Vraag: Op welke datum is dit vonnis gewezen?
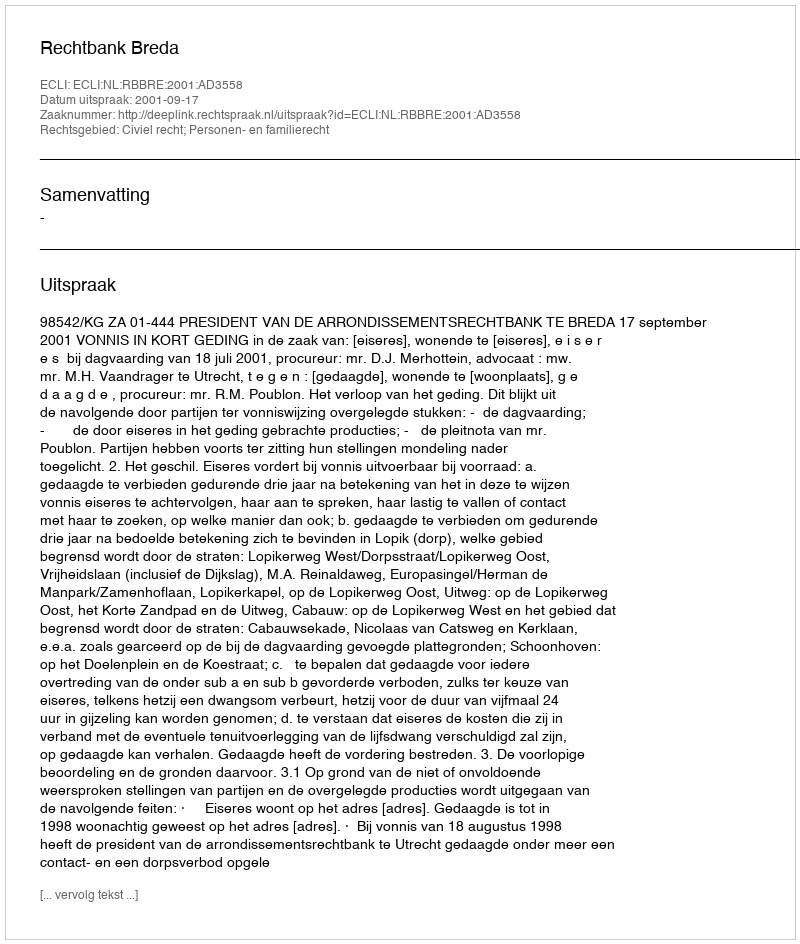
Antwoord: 2001-09-17